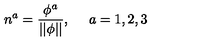
n ^ { a } = \frac { \phi ^ { a } } { | | \phi | | } , \quad \ a = 1 , 2 , 3